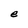
Character: e